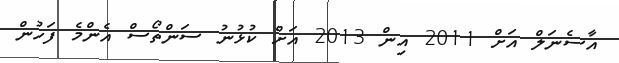
އާސެނަލް އަށް 2011 އިން 2013 އަށް ކުޅުނު ސަންތޯސް އެންމެ ފަހުން